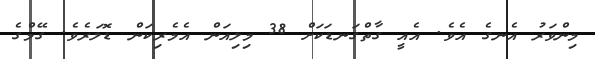
މިންވަރު އެނގެ އެވެ. އެއީ ގާތްގަނޑަކަށް 38 މިލިއަން އެމެރިކަން ޑޮލަރެވެ. ގޭމްގެ